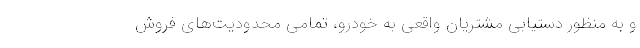
و به منظور دستیابی مشتریان واقعی به خودرو، تمامی محدودیت‌های فروش